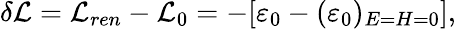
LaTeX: \delta{\cal L}={\cal L}_{ren}-{\cal L}_{0}=-[\varepsilon_{0}-(\varepsilon_{0})_{E=H=0}],